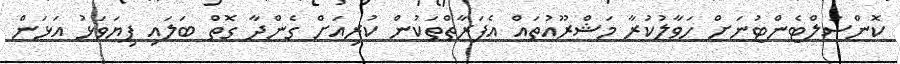
ކޮންސަލްޓެންޓުނަށް ހަވާލުކުރާ މަޝްރޫއުތައް އެފަރާތްތަކުން ކުރިއަށް ގެންދާ ގޮތް ބަލައި ފިޔަވަޅު އަޅަން